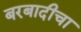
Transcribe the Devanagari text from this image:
बरबादीचा